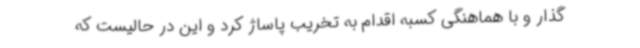
گذار و با هماهنگی کسبه اقدام به تخریب پاساژ کرد و این در حالیست که